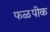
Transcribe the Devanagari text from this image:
फळपीक